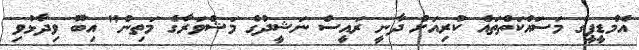
އެމްޑީޕީގެ މަސައްކަތްތައް ކުރިއަށް ދާނީ ރައީސް ނަޝީދުގެ މަޝްވަރާގެ މަތިން" އިބޫ ވިދާޅުވި